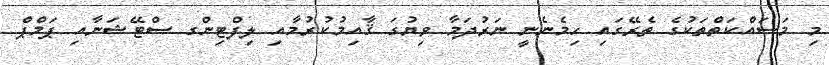
މި މަސައްކަތްތަކުގެ ތެރޭގައި ހިމެނެނީ ނަރުދަމާ ވިޔުގަ ޤާއިމުކުރުމާއި ލިފްޓިންގ ސްޓޭޝަނާއި ޕަމްޕް